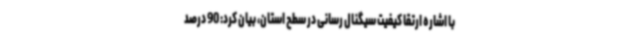
با اشاره ارتقا کیفیت سیگنال رسانی در سطح استان، بیان کرد: 90 درصد